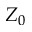
Z _ { 0 }